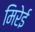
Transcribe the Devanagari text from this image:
मिरेई